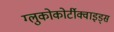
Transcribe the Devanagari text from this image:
ग्लुकोकोर्टीक्वाइड्स